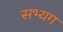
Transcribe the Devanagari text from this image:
सभ्यग